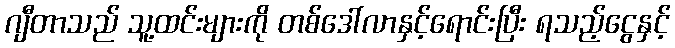
ဂျီတာသည် သူ့ထင်းများကို တစ်ဒေါ်လာနှင့်ရောင်းပြီး ရသည့်ငွေနှင့်